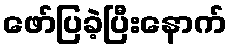
ဖော်ပြခဲ့ပြီးနောက်